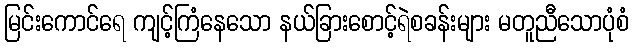
မြင်းကောင်ရေ ကျင့်ကြံနေသော နယ်ခြားစောင့်ရဲစခန်းများ မတူညီသောပုံစံ